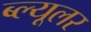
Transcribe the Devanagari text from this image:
ब्ल्यूलर